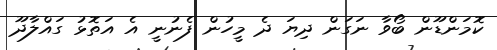
ކޮމަންޑޫން ބޯވާ ނަގަން ދިޔަ ދެ މީހުން ފެނުނީ އެ އަތޮޅު ގައްލާދޫ